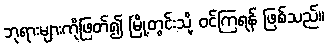
ဘုရားများကိုဖြတ်၍ မြို့တွင်းသို့ ဝင်ကြရန် ဖြစ်သည်။